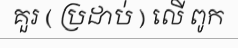
គួរ ( ប្រដាប់ ) លើ ពូក